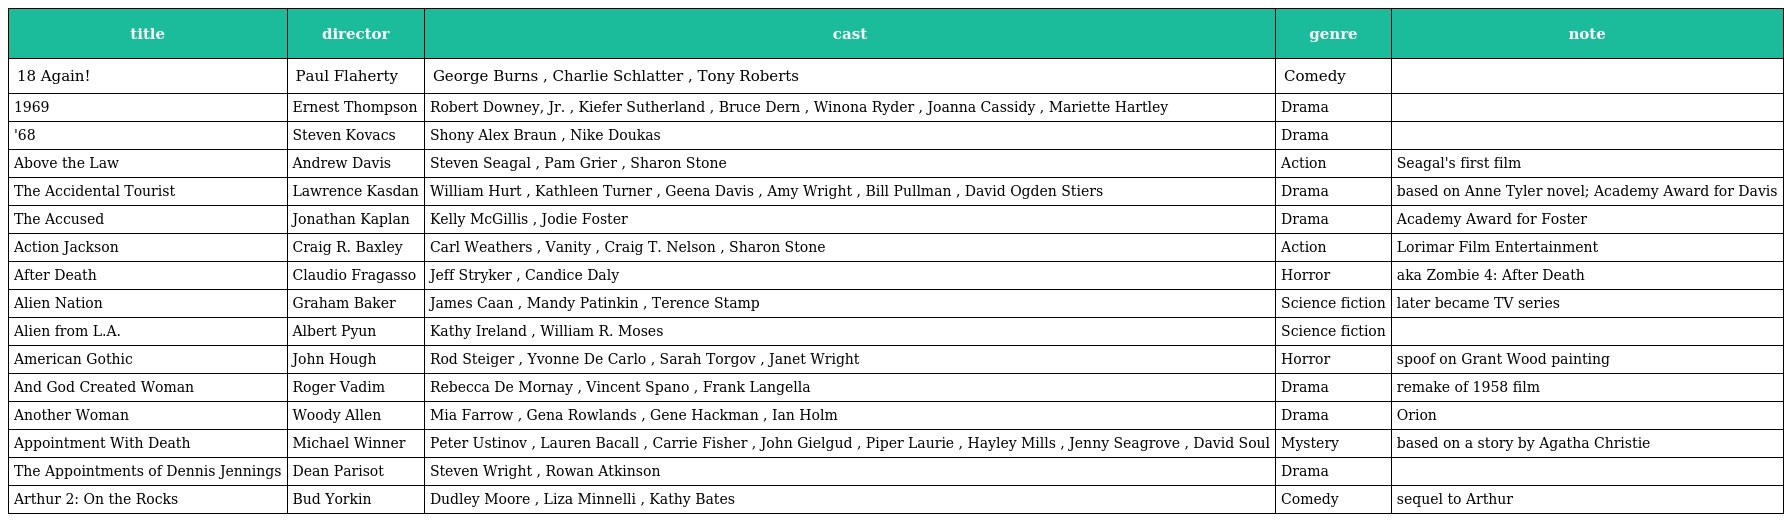
| title | director | cast | genre | note |
 | --- | --- | --- | --- | --- |
 | 18 Again! | Paul Flaherty | George Burns , Charlie Schlatter , Tony Roberts | Comedy |  |
 | 1969 | Ernest Thompson | Robert Downey, Jr. , Kiefer Sutherland , Bruce Dern , Winona Ryder , Joanna Cassidy , Mariette Hartley | Drama |  |
 | '68 | Steven Kovacs | Shony Alex Braun , Nike Doukas | Drama |  |
 | Above the Law | Andrew Davis | Steven Seagal , Pam Grier , Sharon Stone | Action | Seagal's first film |
 | The Accidental Tourist | Lawrence Kasdan | William Hurt , Kathleen Turner , Geena Davis , Amy Wright , Bill Pullman , David Ogden Stiers | Drama | based on Anne Tyler novel; Academy Award for Davis |
 | The Accused | Jonathan Kaplan | Kelly McGillis , Jodie Foster | Drama | Academy Award for Foster |
 | Action Jackson | Craig R. Baxley | Carl Weathers , Vanity , Craig T. Nelson , Sharon Stone | Action | Lorimar Film Entertainment |
 | After Death | Claudio Fragasso | Jeff Stryker , Candice Daly | Horror | aka Zombie 4: After Death |
 | Alien Nation | Graham Baker | James Caan , Mandy Patinkin , Terence Stamp | Science fiction | later became TV series |
 | Alien from L.A. | Albert Pyun | Kathy Ireland , William R. Moses | Science fiction |  |
 | American Gothic | John Hough | Rod Steiger , Yvonne De Carlo , Sarah Torgov , Janet Wright | Horror | spoof on Grant Wood painting |
 | And God Created Woman | Roger Vadim | Rebecca De Mornay , Vincent Spano , Frank Langella | Drama | remake of 1958 film |
 | Another Woman | Woody Allen | Mia Farrow , Gena Rowlands , Gene Hackman , Ian Holm | Drama | Orion |
 | Appointment With Death | Michael Winner | Peter Ustinov , Lauren Bacall , Carrie Fisher , John Gielgud , Piper Laurie , Hayley Mills , Jenny Seagrove , David Soul | Mystery | based on a story by Agatha Christie |
 | The Appointments of Dennis Jennings | Dean Parisot | Steven Wright , Rowan Atkinson | Drama |  |
 | Arthur 2: On the Rocks | Bud Yorkin | Dudley Moore , Liza Minnelli , Kathy Bates | Comedy | sequel to Arthur |